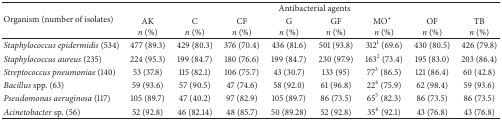
<table><thead><tr><td rowspan="2"><b>Organism (number of isolates)</b></td><td colspan="8"><b>Antibacterial agents</b></td></tr><tr><td><b>AK <i>n</i> (%)</b></td><td><b>C <i>n</i> (%)</b></td><td><b>CF <i>n</i> (%)</b></td><td><b>G <i>n</i> (%)</b></td><td><b>GF <i>n</i> (%)</b></td><td><b>MO*<i>n</i> (%)</b></td><td><b>OF <i>n</i> (%)</b></td><td><b>TB <i>n</i> (%)</b></td></tr></thead><tbody><tr><td><i>Staphylococcus epidermidis</i> (534)</td><td>477 (89.3)</td><td>429 (80.3)</td><td>376 (70.4)</td><td>436 (81.6)</td><td>501 (93.8)</td><td>312<sup>1</sup> (69.6)</td><td>430 (80.5)</td><td>426 (79.8)</td></tr><tr><td><i>Staphylococcus aureus</i> (235)</td><td>224 (95.3)</td><td>199 (84.7)</td><td>180 (76.6)</td><td>199 (84.7)</td><td>230 (97.9)</td><td>163<sup>2</sup> (73.4)</td><td>195 (83.0)</td><td>203 (86.4)</td></tr><tr><td><i>Streptococcus pneumoniae</i> (140)</td><td>53 (37.8)</td><td>115 (82.1)</td><td>106 (75.7)</td><td>43 (30.7)</td><td>133 (95)</td><td>77<sup>3</sup> (86.5)</td><td>121 (86.4)</td><td>60 (42.8)</td></tr><tr><td><i>Bacillus </i>spp. (63)</td><td>59 (93.6)</td><td>57 (90.5)</td><td>47 (74.6)</td><td>58 (92.0)</td><td>61 (96.8)</td><td>22<sup>4</sup> (75.9)</td><td>62 (98.4)</td><td>59 (93.6)</td></tr><tr><td><i>Pseudomonas aeruginosa</i> (117)</td><td>105 (89.7)</td><td>47 (40.2)</td><td>97 (82.9)</td><td>105 (89.7)</td><td>86 (73.5)</td><td>65<sup>5</sup> (82.3)</td><td>86 (73.5)</td><td>86 (73.5)</td></tr><tr><td><i>Acinetobacter </i>sp. (56)</td><td>52 (92.8)</td><td>46 (82.14)</td><td>48 (85.7)</td><td>50 (89.28)</td><td>52 (92.8)</td><td>35<sup>6</sup> (92.1)</td><td>43 (76.8)</td><td>43 (76.8)</td></tr></tbody></table>